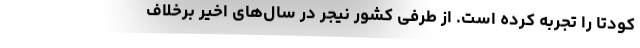
کودتا را تجربه کرده است. از طرفی کشور نیجر در سال‌های اخیر برخلاف